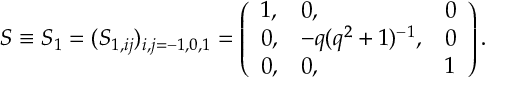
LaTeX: S \equiv S _ { 1 } = ( S _ { 1 , i j } ) _ { i , j = - 1 , 0 , 1 } = \left( \begin{array} { l l l } { { 1 , } } & { { 0 , } } & { { 0 } } \\ { { 0 , } } & { { - q ( q ^ { 2 } + 1 ) ^ { - 1 } , } } & { { 0 } } \\ { { 0 , } } & { { 0 , } } & { { 1 } } \end{array} \right) .